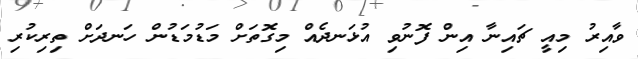
ވާއިރު މިއީ ޗައިނާ އިން ފޮނުވި އުޅަނދެއް މިގޮތަށް މަޑުމަޑުން ހަނދަށް ތިރިކުރި